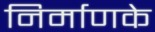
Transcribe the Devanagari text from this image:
निर्माणके